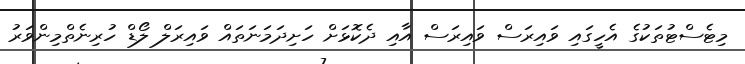
މިޓެސްޓުތަކުގެ އެހީގައި ވައިރަސް ވައިރަސް އާއި ދެކޮޅަށް ހަށިދަމަނަތައް ވައިރަލް ލޯޑް ހުރިނެތްމިންވަރު